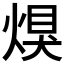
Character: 𤋀